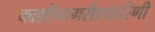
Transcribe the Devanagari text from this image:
काशीनागरीप्रचारिणी